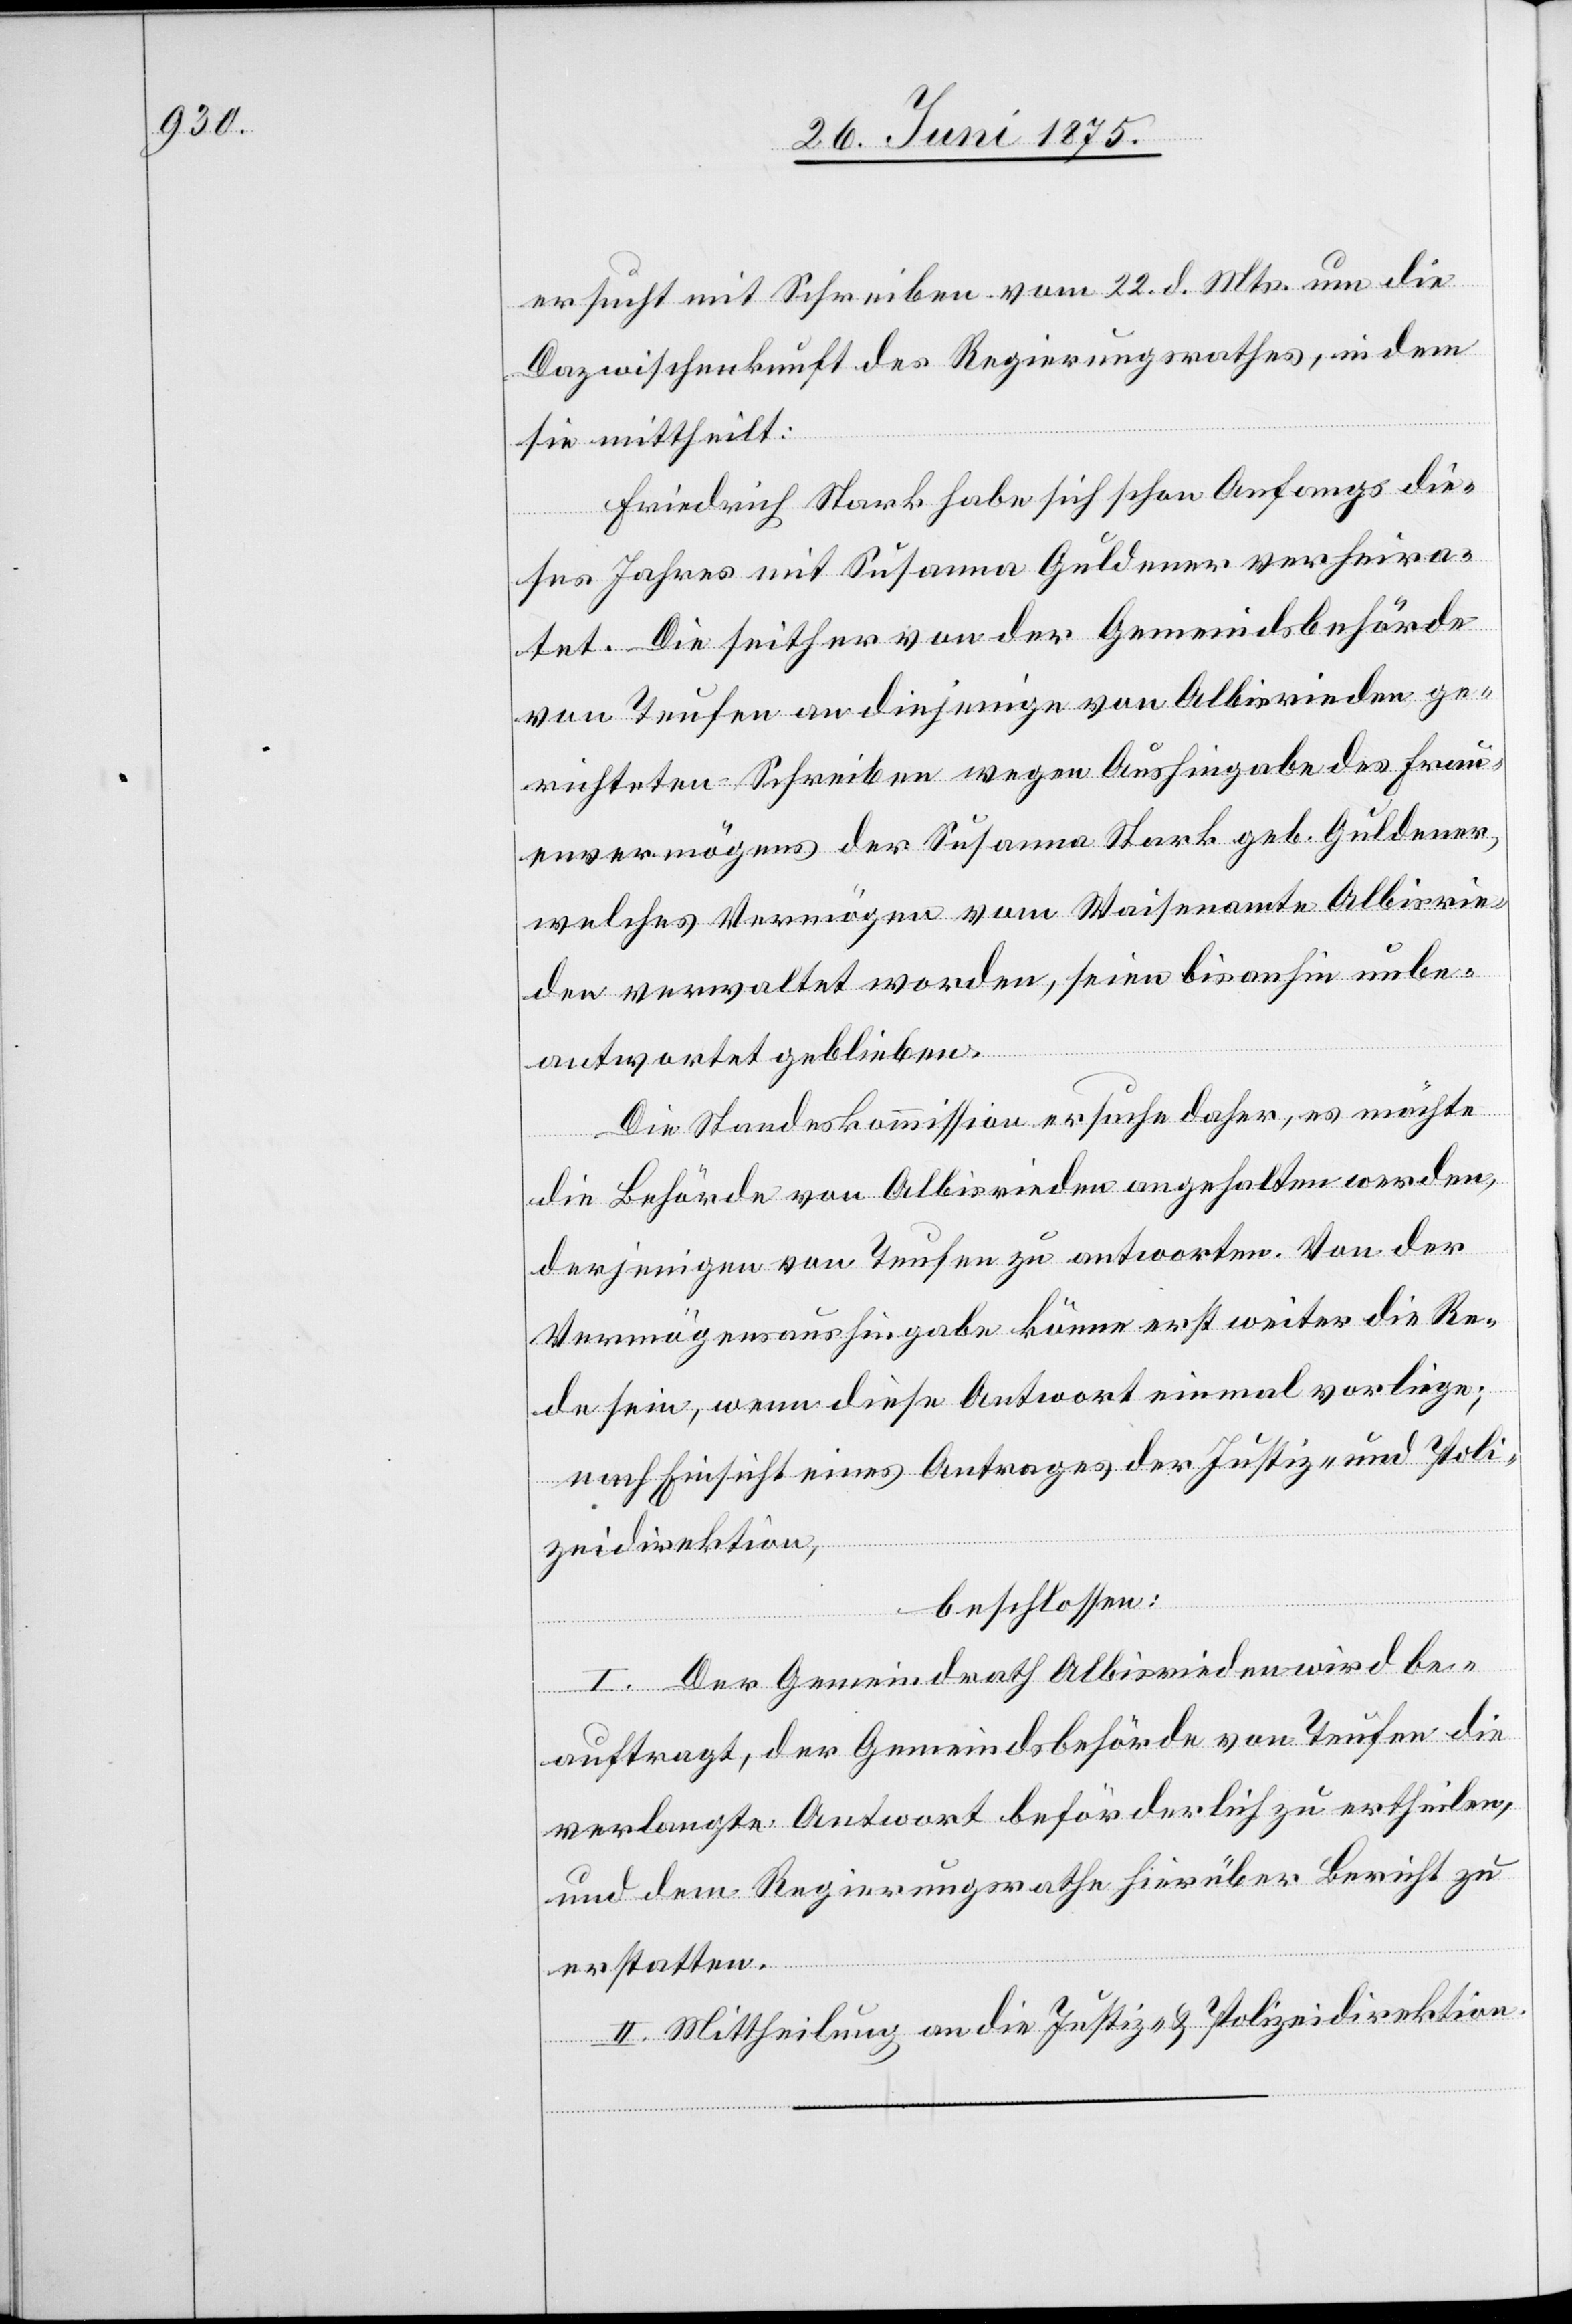
ersucht mit Schreiben vom 22. d. Mts um die
Dazwischenkunft des Regierungsrathes, in dem
sie mittheilt:
Friedrich Stark habe sich schon Anfangs die¬
ses Jahres mit Susanna Guldener verheira¬
tet. Die seither von der Gemeindsbehörde
von Teufen an diejenige von Albisrieden ge¬
richteten Schreiben wegen Aushingabe des Frau¬
envermögens der Susanna Stark geb. Guldener,
welches Vermögen vom Waisenamte Albisrie¬
den verwaltet worden, seien bis anhin unbe¬
antwortet geblieben.
Die Standeskommission ersuche daher, es möchte
die Behörde von Albisrieden angehalten werden,
derjenigen von Teufen zu antworten. Von der
Vermögensaushingabe könne erst weiter die Re¬
de sein, wenn diese Antwort einmal vorliege;
nach Einsicht eines Antrages der Justiz- und Poli¬
zeidirektion,
beschlossen:
I. Der Gemeindrath Albisrieden wird be¬
auftragt, der Gemeindsbehörde von Teufen die
verlangte Antwort beförderlich zu ertheilen,
und dem Regierungsrathe hierüber Bericht zu
erstatten.
II. Mittheilung an die Justiz- & Polizeidirektion.